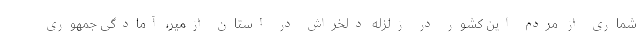
شماری از مردم این کشور در زلزله دلخراش در استان ازمیر، آمادگی جمهوری